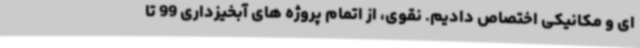
ای و مکانیکی اختصاص دادیم. نقوی، از اتمام پروژه های آبخیزداری 99 تا